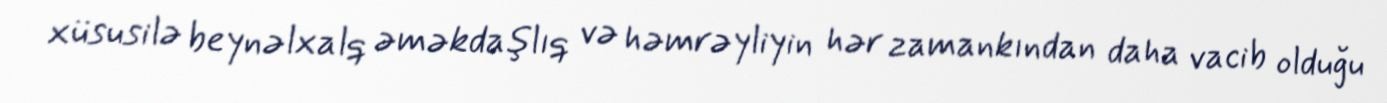
xüsusilə beynəlxalq əməkdaşlıq və həmrəyliyin hər zamankından daha vacib olduğu